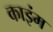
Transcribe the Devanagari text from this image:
काइंम